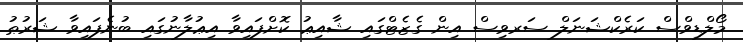
މޯލްޑިވްސް ކަރެކްޝަނަލް ސަރވިސް އިން ގެޒެޓްގައި ޝާއިޢު ކޮށްފައިވާ އިޢުލާނުގައި ބުނެފައިވާ ޝަރުޠު